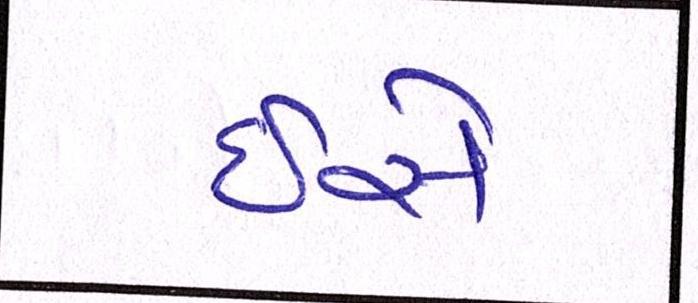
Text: ઇસે